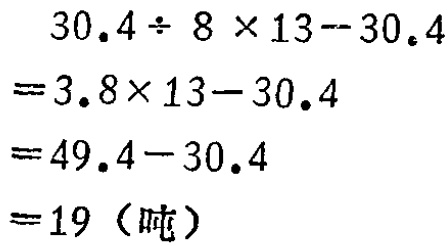
\[
\begin{align*}
&30.4\div8\times13 - 30.4\\
=&3.8\times13 - 30.4\\
=&49.4 - 30.4\\
=&19\ (\text{吨})
\end{align*}
\]